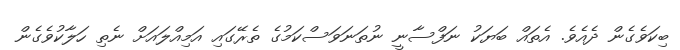
ބިކަވެގެން ދެއެވެ. އެތައް ބަޔަކު ނަފްސާނީ ނުތަނަވަސްކަމުގެ ތެރޭގައި އަމިއްލައަށް ނެތި ހަލާކުވެގެން